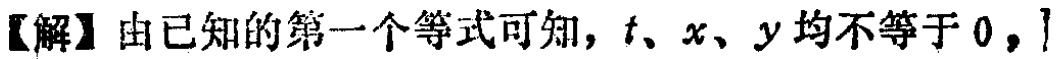
【解】由已知的第一个等式可知，\(t\)、\(x\)、\(y\)均不等于 \(0\)，